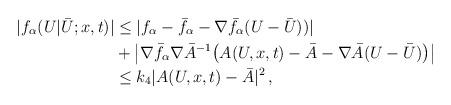
LaTeX: \begin{align*}| f_\alpha (U | \bar U;x,t) | &\le | f_\alpha - \bar f_\alpha - \nabla \bar f_\alpha (U-\bar U)) |\\&+ \left | \nabla \bar f_\alpha \nabla \bar A^{-1} \big (A(U,x,t) - \bar A - \nabla \bar A (U - \bar U) \big ) \right |\\&\le k_4 |A(U,x,t) - \bar A|^2 \, ,\end{align*}